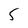
Character: 5